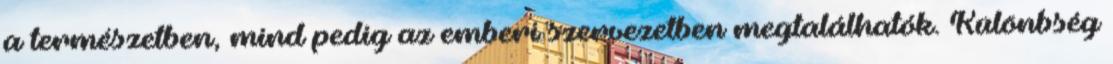
a természetben, mind pedig az emberi szervezetben megtalálhatók. Különbség